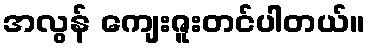
အလွန် ကျေးဇူးတင်ပါတယ်။